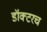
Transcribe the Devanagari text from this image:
डॉक्टरच